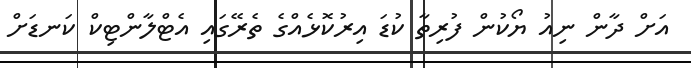
އަށް ދާން ނިއު ޔޯކުން ފުރިތާ ކުޑަ އިރުކޮޅެއްގެ ތެރޭގައި އެޓްލާންޓިކް ކަނޑަށް